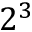
2 ^ { 3 }